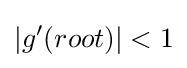
|g'(root)|<1